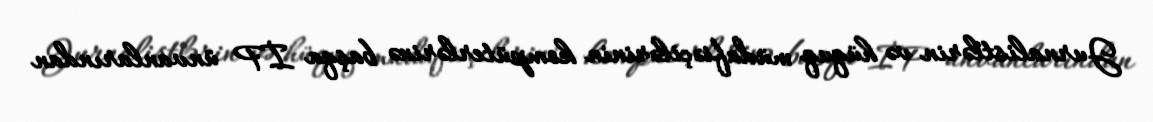
Jurnalistlərin və hüquq müdafiəçilərinin kompüterlərinə başqa İP ünvanlarından